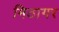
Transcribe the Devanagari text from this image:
मिठागर